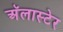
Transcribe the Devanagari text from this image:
अॅलास्टेर